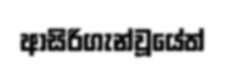
ආසිරිගැන්වූයේත්